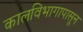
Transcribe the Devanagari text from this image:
कालविभागापासून